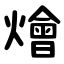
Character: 燴